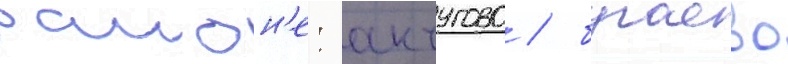
раион'е: анчугово / бугаево